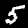
Label: 5